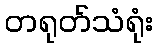
တရုတ်သံရုံး